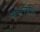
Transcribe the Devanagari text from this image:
सप्तपदाची